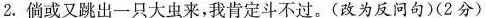
2. 倘或又跳出一只大虫来，我肯定斗不过。(改为反问句)(2分)